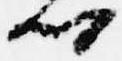
卿